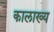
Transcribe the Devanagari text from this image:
कालाख्य